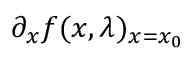
\partial _ { x } f ( x , \lambda ) _ { x = x _ { 0 } }